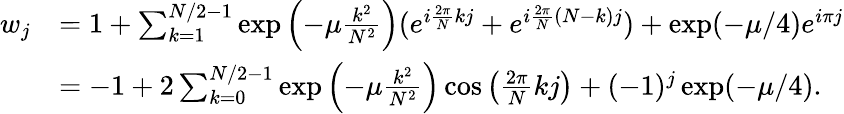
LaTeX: \begin{array}{rl}{w_{j}}&{=1+\sum_{k=1}^{N/2-1}\exp\left(-\mu\frac{k^{2}}{N^{2}}\right)(e^{i\frac{2\pi}{N}kj}+e^{i\frac{2\pi}{N}(N-k)j})+\exp(-\mu/4)e^{i\pi j}}\\ &{=-1+2\sum_{k=0}^{N/2-1}\exp\left(-\mu\frac{k^{2}}{N^{2}}\right)\cos\left(\frac{2\pi}{N}kj\right)+(-1)^{j}\exp(-\mu/4).}\end{array}